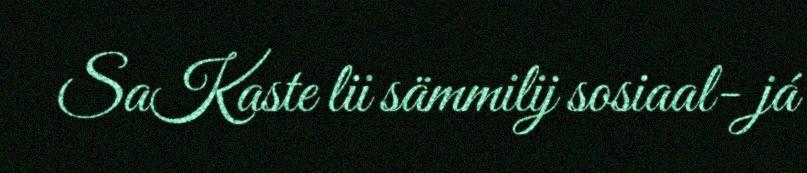
SaKaste lii sämmilij sosiaal- já